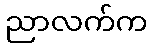
ညာလက်က